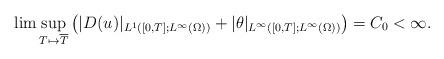
LaTeX: \begin{align*}\lim \sup_{T\mapsto \overline{T}} \big(|D( u)|_{L^1([0,T]; L^\infty(\Omega))}+|\theta|_{L^\infty([0,T];L^\infty(\Omega))}\big)=C_0<\infty.\end{align*}